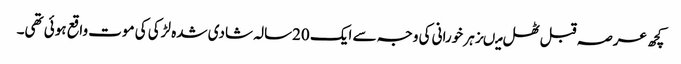
کچھ عرصہ قبل ٹھل میںزہر خورانی کی وجہ سے ایک 20سالہ شادی شدہ لڑکی کی موت واقع ہوئی تھی۔